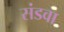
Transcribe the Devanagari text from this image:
संडवा